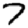
Digit: 7